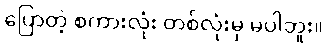
ပြောတဲ့ စကားလုံး တစ်လုံးမှ မပါဘူး။